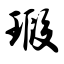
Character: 瑕